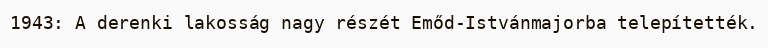
1943: A derenki lakosság nagy részét Emőd-Istvánmajorba telepítették.